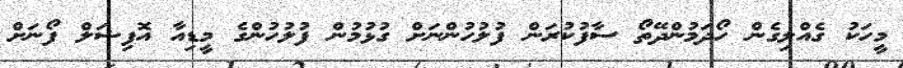
މީހަކު ގެއްލިގެން ހޯދަމުންދޭތޯ ސާފުކުރަން ފުލުހުންނަށް ގުޅުމުން ފުލުހުންގެ މީޑިއާ އޮފިޝަލް ފޯނަށް